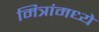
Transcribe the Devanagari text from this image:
मित्रांमध्ये